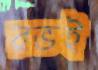
রভই